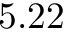
5 . 2 2